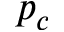
p _ { c }